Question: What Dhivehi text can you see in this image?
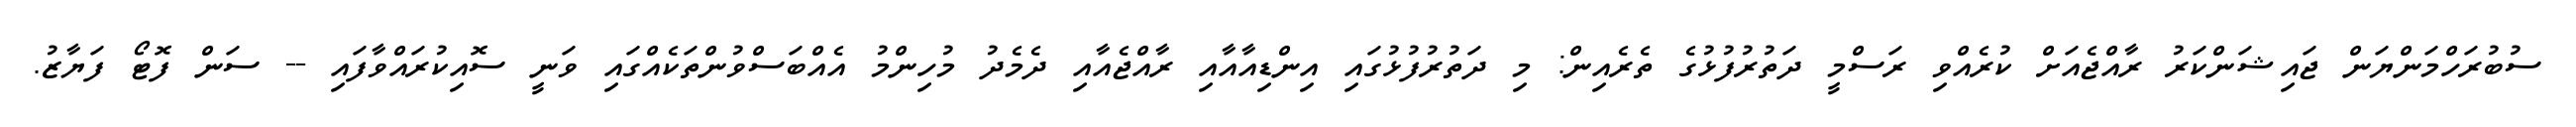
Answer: ސުބުރަހްމަންޔަން ޖައިޝަންކަރު ރާއްޖެއަށް ކުރެއްވި ރަސްމީ ދަތުރުފުޅުގެ ތެރެއިން: މި ދަތުރުފުޅުގައި އިންޑިއާއާއި ރާއްޖެއާއި ދެމެދު މުހިންމު އެއްބަސްވުންތަކެއްގައި ވަނީ ސޮއިކުރައްވާފައި -- ސަން ފޮޓޯ ފަޔާޒު.